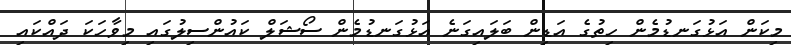
މިކަން އަޅުގަނޑުމެން ހިތުގެ އަޑިން ބަލައިގަނެ އަޅުގަނޑުމެން ސޯޝަލް ކައުންސިލުގައި މިވާހަކަ ދައްކައި